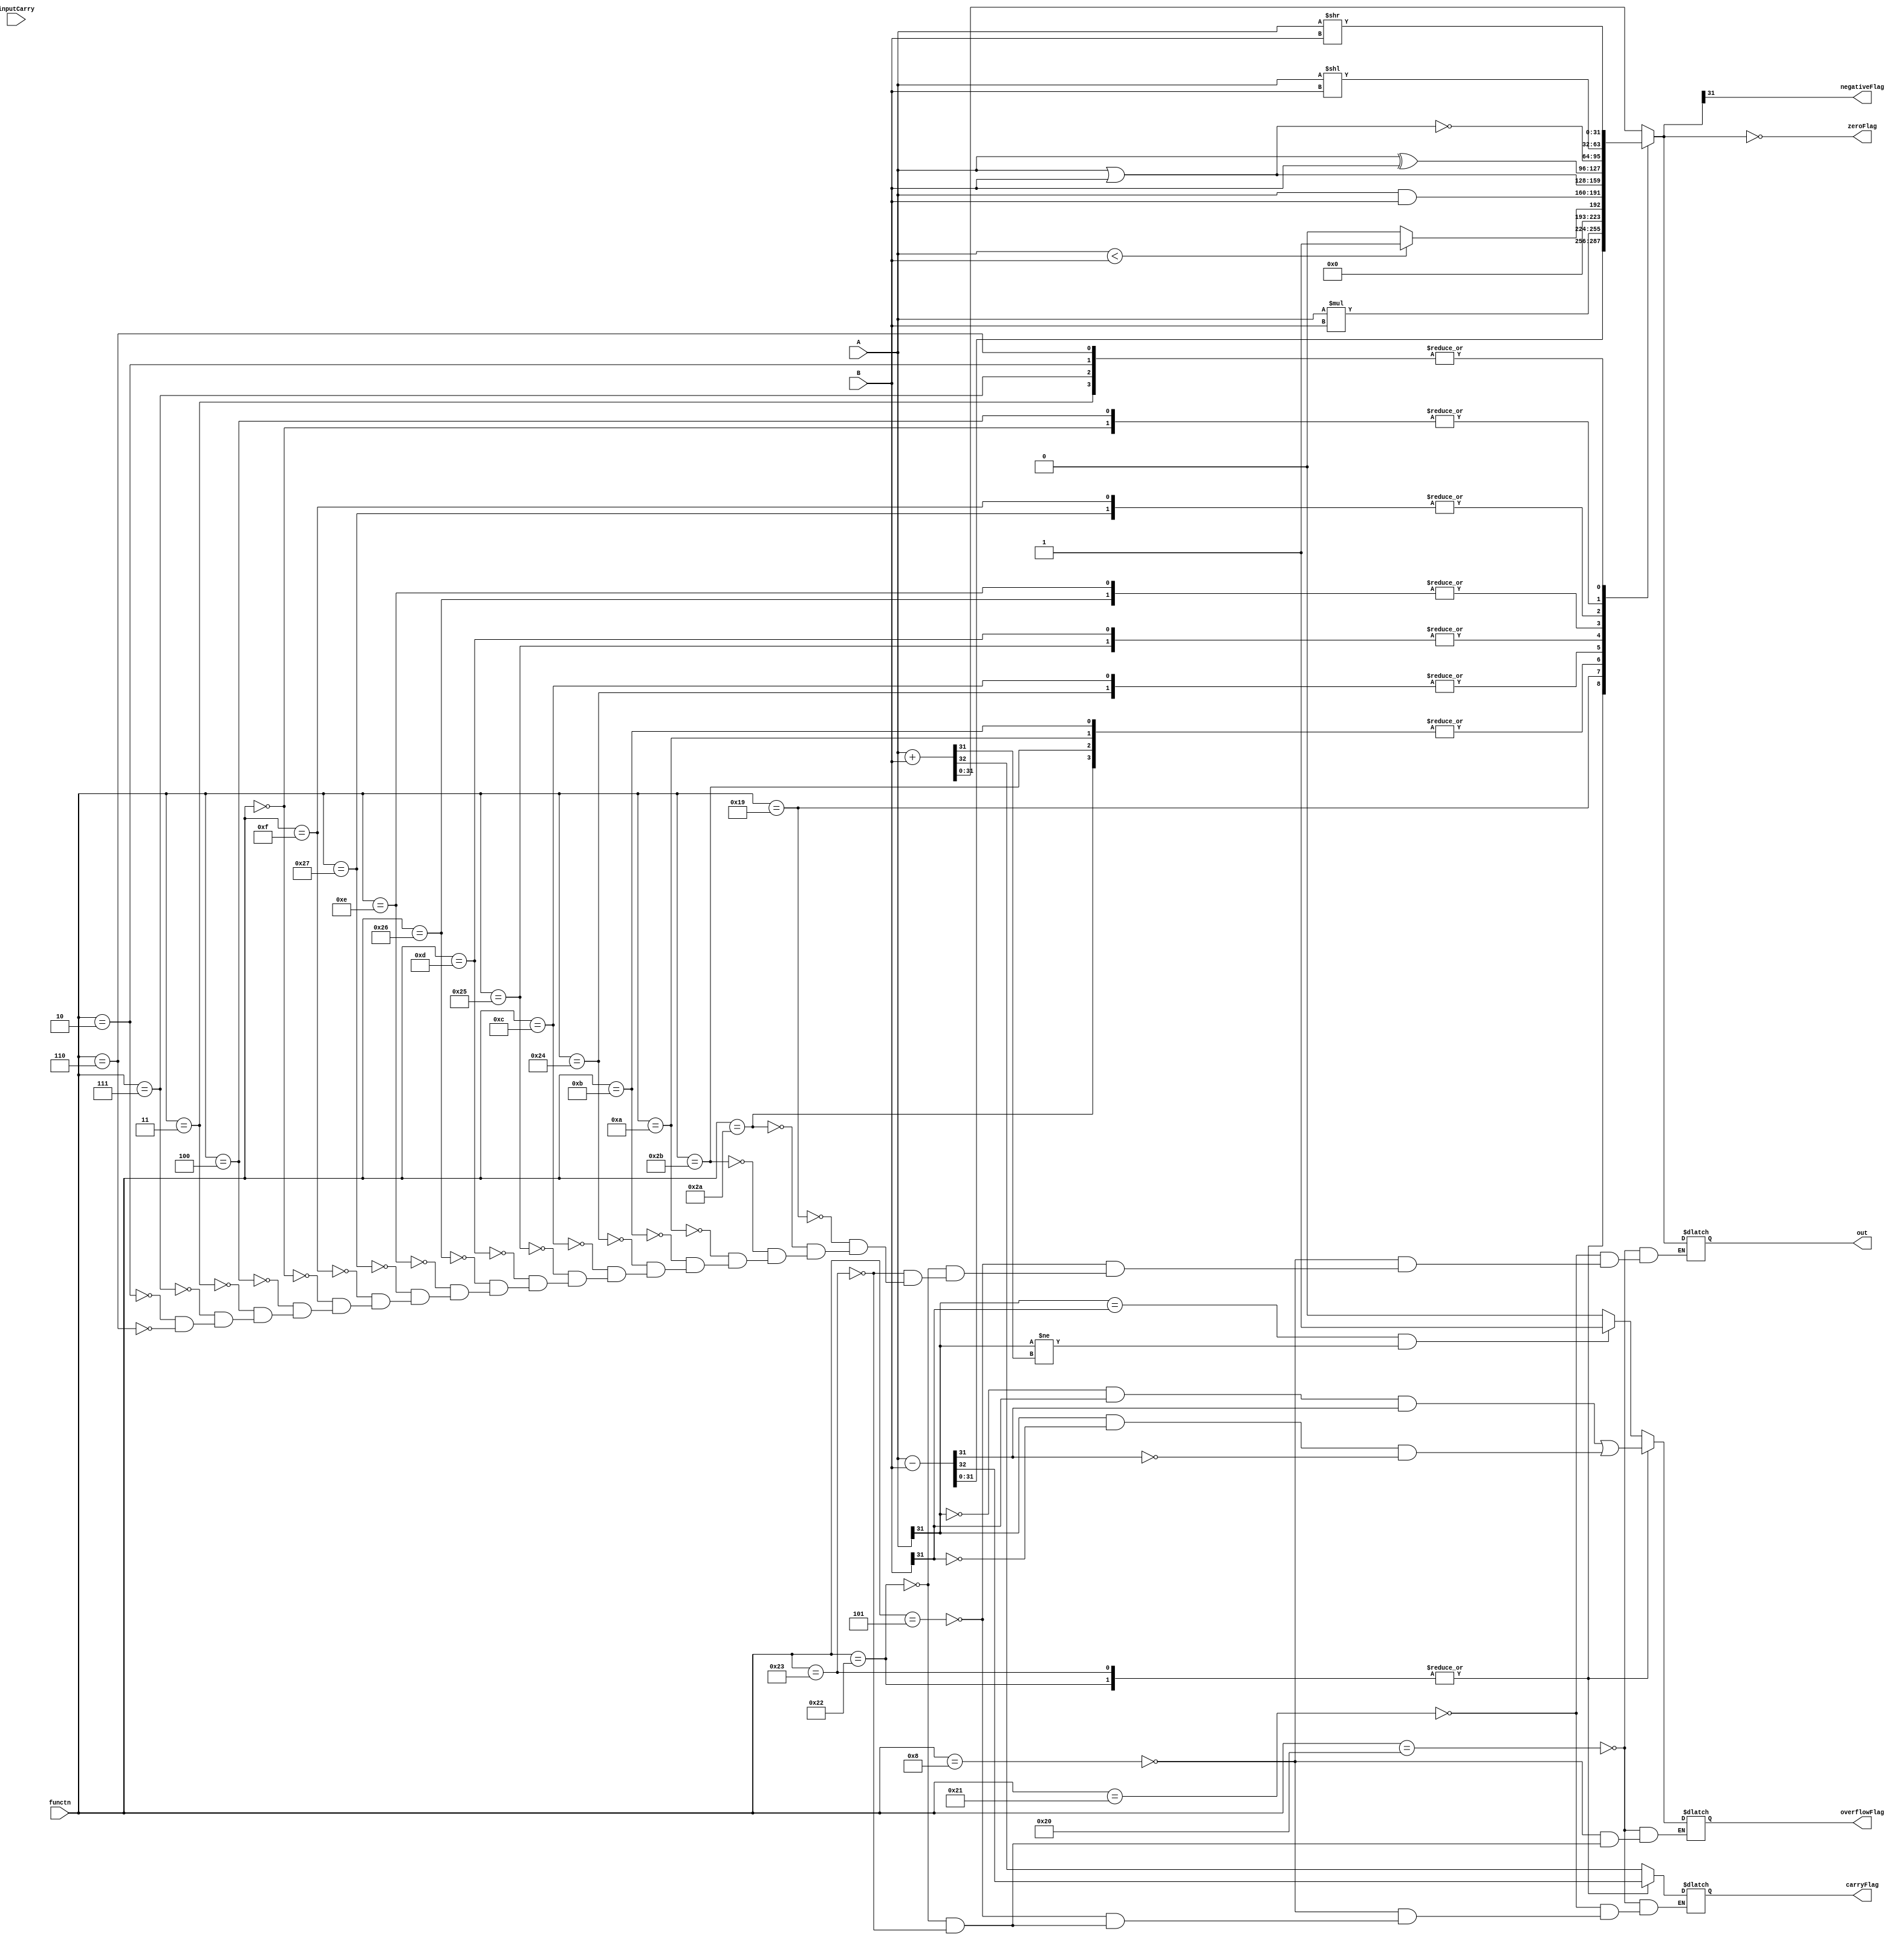
//steph
module alu(
           input [31:0] A,B,
           input [5:0] functn,
           output reg [31:0] out,
           input inputCarry,
           output reg negativeFlag, zeroFlag, carryFlag, overflowFlag
    );
    always @(*)
    begin
        case (functn)
        6'b100000: // ADD
            begin
            {carryFlag, out} = A + B;
             overflowFlag = ((A[31] == B[31]) && (A[31] != out[31])) ? 1'b1 : 1'b0;
            end
        6'b100001: // ADDU
            begin
            {carryFlag, out} = A + B;
            end
        6'b001000: //ADDI
           begin
            {carryFlag, out} = A + B;
            overflowFlag = ((A[31] == B[31]) && (A[31] != out[31])) ? 1'b1 : 1'b0;
            end
        6'b000101: //ADDIU
           begin
            {carryFlag, out} = A + B;
            end
        6'b100010: // SUB
            begin
            {carryFlag, out} = A - B;
            overflowFlag = (A[31] == 0 && B[31] == 1 && out[31] == 1) || (A[31] == 1 && B[31] == 0 && out[31] == 0);
            end
        6'b100011: // SUBU
            begin
            {carryFlag, out} = A - B;
            overflowFlag = (A[31] == 0 && B[31] == 1 && out[31] == 1) || (A[31] == 1 && B[31] == 0 && out[31] == 0);
            end
        6'b011001: // MULTU
            begin
            out = A * B;
            end
        6'b101010: //  SLT
            begin
            if(A < B)
            begin
                out = 1'b1;
            end
            else out = 1'b0;
            end
        6'b101011: //  SLTU
            begin
            if(A < B)
            begin
                out = 1'b1;
            end
            else out = 1'b0;
            end
        6'b001010: //  SLTI 
            begin
            if(A < B)
            begin
                out = 1'b1;
            end
            else out = 1'b0;
            end
        6'b001011: //  SLTIU 
            begin
            if(A < B)
            begin
                out = 1'b1;
            end
            else out = 1'b0;
            end
        6'b100001: //  CLO 
            begin
            if(A < B)
            begin
                out = 1'b0;
            end
            else out = 0;
            end
        6'b100000: //  CLZ 
            begin
            if(A < B)
            begin
                out = 1;
            end
            else out = 0;
            end
        6'b100100: //  AND
            begin
            out =  A & B;
            end
        6'b001100: //  ANDI 
            begin
            out = A & B;
            end
        6'b100101: //  OR
            begin
            out =  A | B;
            end
        6'b001101: //  ORI 
            begin
            out = A | B;
            end
        6'b100110: //  XOR
           begin
            out =  A ^ B;
            end
        6'b001110: //  XORI 
           begin
            out = A ^ B;
            end
        6'b100111: // NOR
           begin
            out = ~(A | B);
            end
        6'b001111: // LUI 
           begin
            out = ~(A | B);
            end
        6'b000000: // SLL
           begin
            out = A << B;
            end
        6'b000100: // SLLV
          begin
            out = A << B;
            end
        6'b000011: // SRA
           begin
            out = A >> B;

            end
        6'b000111: // SRAV
           begin
            out = A >> B;

            end
        6'b000010: // SRL
           begin
            out = A >> B;

            end
        6'b000110: // SRLV
           begin
            out = A >> B;
            end
        endcase
    //-----FLAGS------
    negativeFlag = out[31]; //NEGATIVE FLAG
    zeroFlag = out == 0; //ZERO FLAG
    end
endmodule

//---------------------------------------TESTER------------------------------------------
`timescale 1ns / 1ps
// module tester;
// //Inputs
//  reg[31:0] A,B;
//  reg[5:0] functn;
//  wire negativeFlag, zeroFlag, carryFlag, overflowFlag;

// //Outputs
//  wire[31:0] out;
//  integer i;
//  alu test_unit(A,B,functn,out,inputCarry,negativeFlag,zeroFlag,carryFlag,overflowFlag);
//     initial begin
//         A = 32'b10000000000000000000000000000000;
//         B = 32'b10000000000000000000000000000010;
//        // A = 32'd4294967295;
//         //B = 32'd4;
//         //A = 32'h3;
//        // B = 32'h4;
//         //ADD TEST
//         functn = 6'b100000;
//         #10;
//         #3 $display("A: %b, B: %b,Function: %b, Binary Output: %b, Decimal Output: %d, Negative Flag: %b, Zero Flag: %d, Carry Flag: %d, Overflow Flag: %d",A,B,functn,out,out,negativeFlag,zeroFlag,carryFlag,overflowFlag);
//         #10;
//     //     //SUB TEST
//     //      functn = 6'b000001;
//     //       #3 $display(   functn: %b, Binary Output: %b, Decimal Output: %d, Negative Flag: %d, Zero Flag: %d, Carry Flag: %d, Overflow Flag: %d"  functn,out,out,negativeFlag,zeroFlag,carryFlag,overflowFlag);
//     //     #10;
//     //     //AND TEST
//     //      functn = 6'b000010;
//     //     #3 $display( functn: %b, Binary Output: %b, Decimal Output: %d, Zero Flag: %d"  functn,out,out,zeroFlag);
//     //     #10;
//     //     //OR TEST
//     //      functn = 6'b000011;
//     //     #3 $display( functn: %b, Binary Output: %b, Decimal Output: %d, Zero Flag: %d"  functn,out,out,zeroFlag);
//     //     #10;
//     //     //XOR TEST
//     //      functn = 6'b000100;
//     //    #3 $display(  functn: %b, Binary Output: %b, Decimal Output: %d, Zero Flag: %d"   functn,out,out,zeroFlag);
//     //     #10;
//     //     //NOR TEST
//     //      functn = 6'b001001;
//     //   #3 $display(   functn: %b, Binary Output: %b, Decimal Output: %d, Zero Flag: %d"    functn,out,out,zeroFlag);
//     //     #10;
//     //     //SLL TEST
//     //      functn = 6'b000110;
//     //     #3 $display( functn: %b, Binary Output: %b, Decimal Output: %d, Zero Flag: %d"  functn,out,out,zeroFlag);
//     //     #10;
//     //      //SRL TEST
//     //      functn = 6'b000111;
//     //      #3 $display(    functn: %b, Binary Output: %b, Decimal Output: %d, Zero Flag: %d" functn,out,out,zeroFlag);
//     //     #10;
//     end
// endmodule